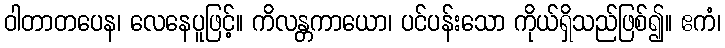
ဝါတာတပေန၊ လေနေပူဖြင့်။ ကိလန္တကာယော၊ ပင်ပန်းသော ကိုယ်ရှိသည်ဖြစ်၍။ ဧကံ၊